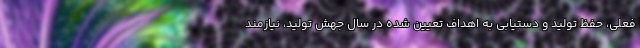
فعلی، حفظ تولید و دستیابی به اهداف تعیین شده در سال جهش تولید، نیازمند